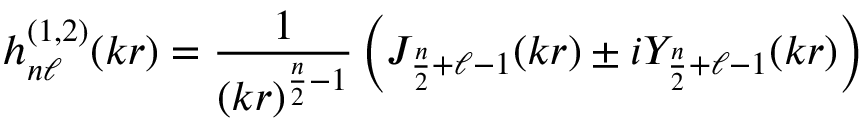
h _ { n \ell } ^ { ( 1 , 2 ) } ( k r ) = \frac { 1 } { ( k r ) ^ { \frac { n } { 2 } - 1 } } \left( J _ { \frac { n } { 2 } + \ell - 1 } ( k r ) \pm i Y _ { \frac { n } { 2 } + \ell - 1 } ( k r ) \right)